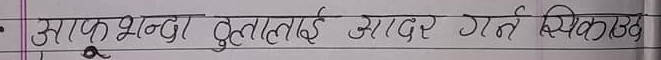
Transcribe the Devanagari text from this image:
आफू भन्दा ठुलालाई आदर गर्न सिकाऊ